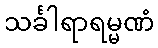
သင်္ခါရာရမ္မဏံ